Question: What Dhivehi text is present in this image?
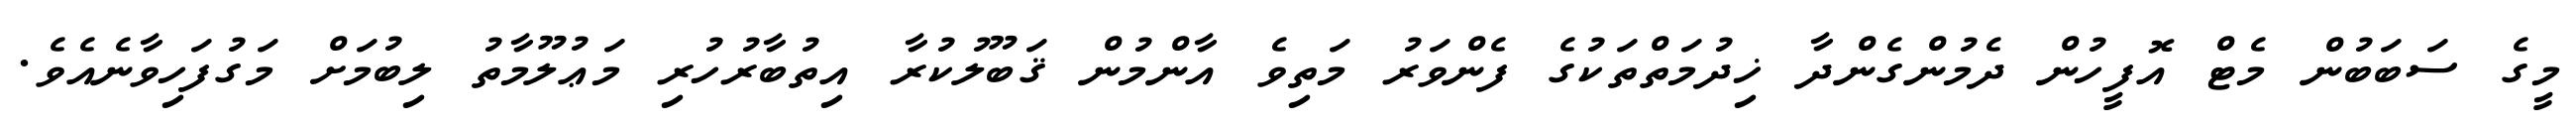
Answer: މީގެ ސަބަބުން މެޓް އޮފީހުން ދެމުންގެންދާ ޚިދުމަތްތަކުގެ ފެންވަރު މަތިވެ އާންމުން ޤަބޫލުކުރާ އިތުބާރުހުރި މަޢުލޫމާތު ލިބުމަށް މަގުފަހިވާނެއެވެ.